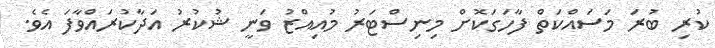
ކުރި ބުރަ މަސައްކަތް ފާހަގަކޮށް މިނިސްޓަރު މުއިއްޒު ވަނީ ޝުކުރު އަދާކުރައްވާފަ އެވެ.